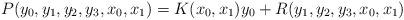
LaTeX: \begin{align*}P(y_0, y_1, y_2, y_3, x_0, x_1) = K(x_0,x_1)y_0 + R(y_1, y_2, y_3, x_0, x_1)\end{align*}